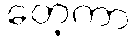
တေ့ကာ